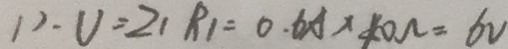
1 ) \cdot V = Z _ { 1 } R _ { 1 } = 0 . 6 A \times 4 0 \Omega = 6 V